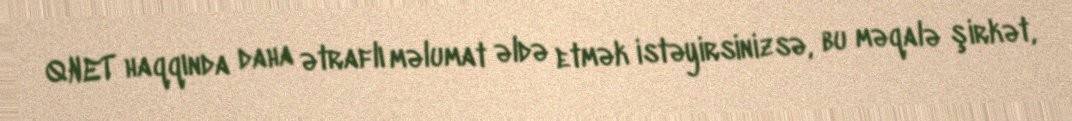
QNET haqqında daha ətraflı məlumat əldə etmək istəyirsinizsə, bu məqalə şirkət,